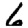
Digit: 6